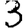
Digit: 3